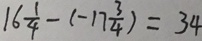
1 6 \frac { 1 } { 4 } - ( - 1 7 \frac { 3 } { 4 } ) = 3 4